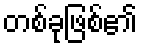
တစ်ခုဖြစ်၏